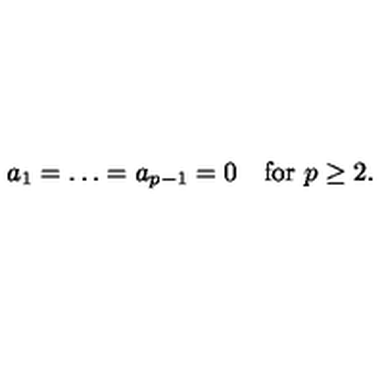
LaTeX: a _ { 1 } = \ldots = a _ { p - 1 } = 0 \quad \mathrm { f o r } \ p \geq 2 .